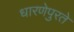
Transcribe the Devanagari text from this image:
धारणेपुरते